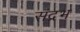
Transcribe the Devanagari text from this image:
संद्रभ